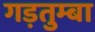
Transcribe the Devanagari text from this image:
गड़तुम्बा